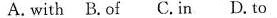
A. with B. Of C. In D. To